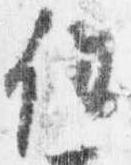
任